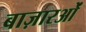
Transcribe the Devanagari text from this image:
बाज़ारओं